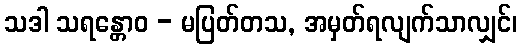
သဒါ သရန္တောဝ - မပြတ်တသ, အမှတ်ရလျက်သာလျှင်၊